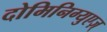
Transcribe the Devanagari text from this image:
दोमिनिग्युएज़्